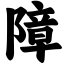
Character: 障